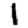
Digit: 1